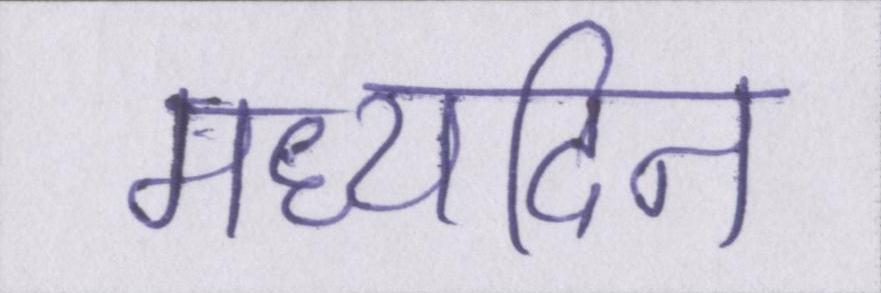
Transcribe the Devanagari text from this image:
मध्यदिन